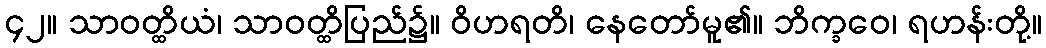
၄၂။ သာဝတ္ထိယံ၊ သာဝတ္ထိပြည်၌။ ဝိဟရတိ၊ နေတော်မူ၏။ ဘိက္ခဝေ၊ ရဟန်းတို့။